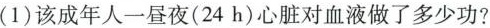
(1)该成年人一昼夜(24h)心脏对血液做了多少功?